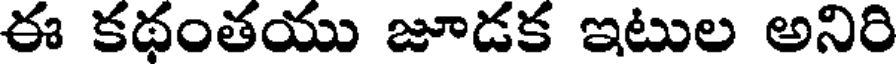
ఈ కథంతయు జూడక ఇటుల అనిరి